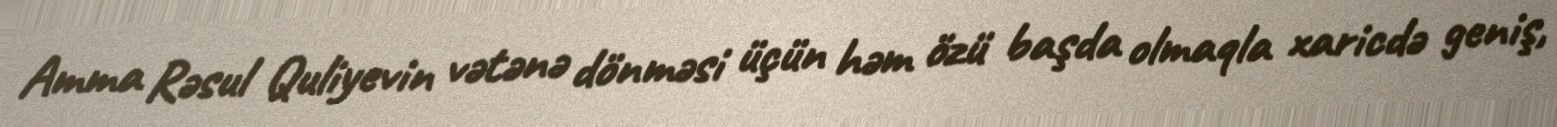
Amma Rəsul Quliyevin vətənə dönməsi üçün həm özü başda olmaqla xaricdə geniş,